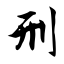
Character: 刑